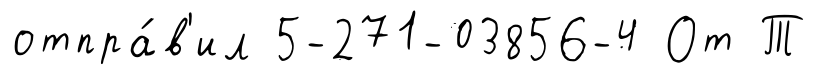
отпра́в'ил 5-271-03856-4 От Т